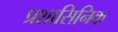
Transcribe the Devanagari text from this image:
प्रशासिनिक